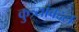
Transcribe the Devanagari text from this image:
कुत्र्यांबद्दल